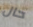
حال